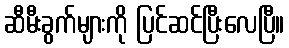
ဆီမီးခွက်များကို ပြင်ဆင်ပြီးလေပြီ။